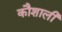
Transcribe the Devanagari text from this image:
कौशाली